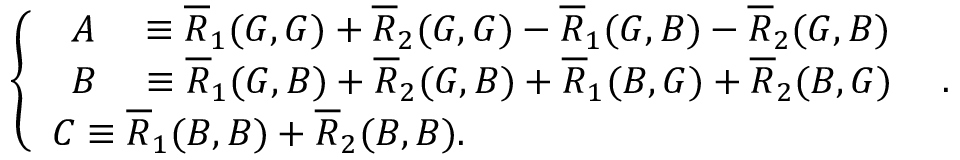
\left\{ \begin{array} { l l } { \begin{array} { r l } { A } & { { } \equiv \overline { { R } } _ { 1 } ( G , G ) + \overline { { R } } _ { 2 } ( G , G ) - \overline { { R } } _ { 1 } ( G , B ) - \overline { { R } } _ { 2 } ( G , B ) } \end{array} } \\ { \begin{array} { r l } { B } & { { } \equiv \overline { { R } } _ { 1 } ( G , B ) + \overline { { R } } _ { 2 } ( G , B ) + \overline { { R } } _ { 1 } ( B , G ) + \overline { { R } } _ { 2 } ( B , G ) } \end{array} } \\ { C \equiv \overline { { R } } _ { 1 } ( B , B ) + \overline { { R } } _ { 2 } ( B , B ) . } \end{array} \right. .